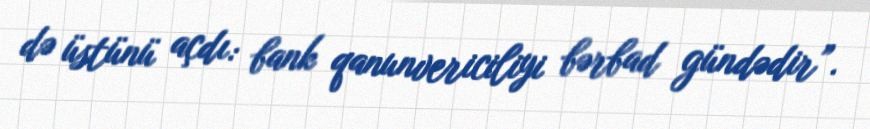
də üstünü açdı: bank qanunvericiliyi bərbad gündədir”.